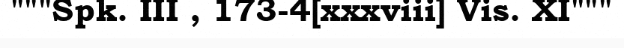
"""Spk. III , 173-4[xxxviii] Vis. XI"""